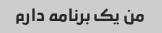
من یک برنامه دارم